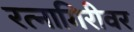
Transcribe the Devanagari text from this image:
रत्‍नागिरीवर